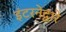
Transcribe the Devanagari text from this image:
इंटरनेद्वारे